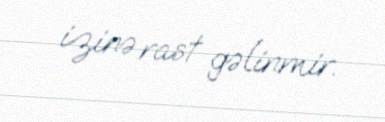
izinə rast gəlinmir.